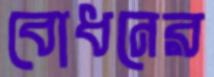
বোধনের